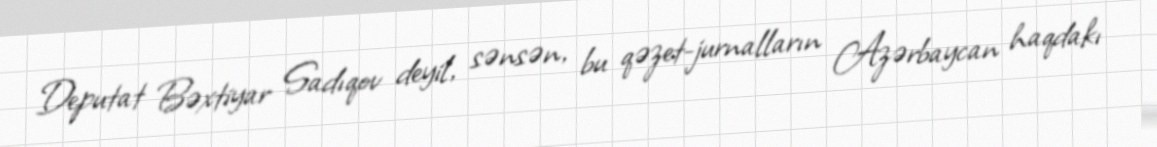
Deputat Bəxtiyar Sadıqov deyil, sənsən, bu qəzet-jurnalların Azərbaycan haqdakı